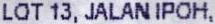
LOT 13, JALAN IPOH,